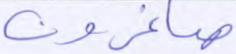
صاغرون